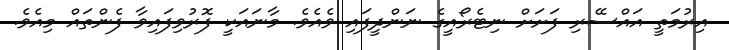
އިރުމަތީ އައްސޭރި ފަށަށް ނިޓެރޯއީގެ ނަންދީފައި ވެއެވެ. މާނައަކީ ފޮރުވިފައިވާ ފެންތައް މިއެވެ.